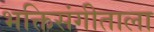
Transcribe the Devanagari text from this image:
भक्तिसंगीताला